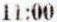
11:00